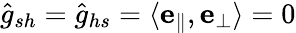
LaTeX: \hat{g}_{sh}=\hat{g}_{hs}=\langle\mathbf{e}_{\| },\mathbf{e}_{\perp}\rangle=0